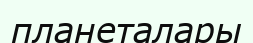
планеталары